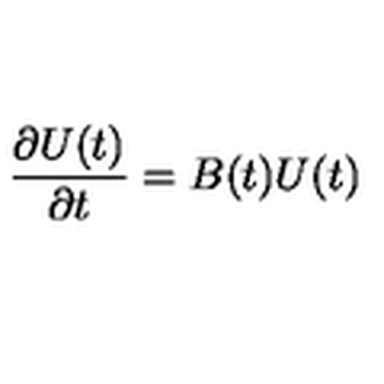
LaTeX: { \frac { \partial U ( t ) } { \partial t } } = B ( t ) U ( t )